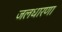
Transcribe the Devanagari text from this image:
जलधारणा